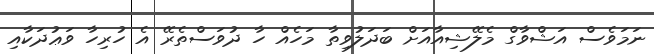
ނަމަވެސް އަޝްވާގް މެލޭޝިއާއަށް ބަދަލުވިތާ މަހެއް ހާ ދުވަސްތެރޭ އެ ހުރިހާ ވަޢުދަކާއި